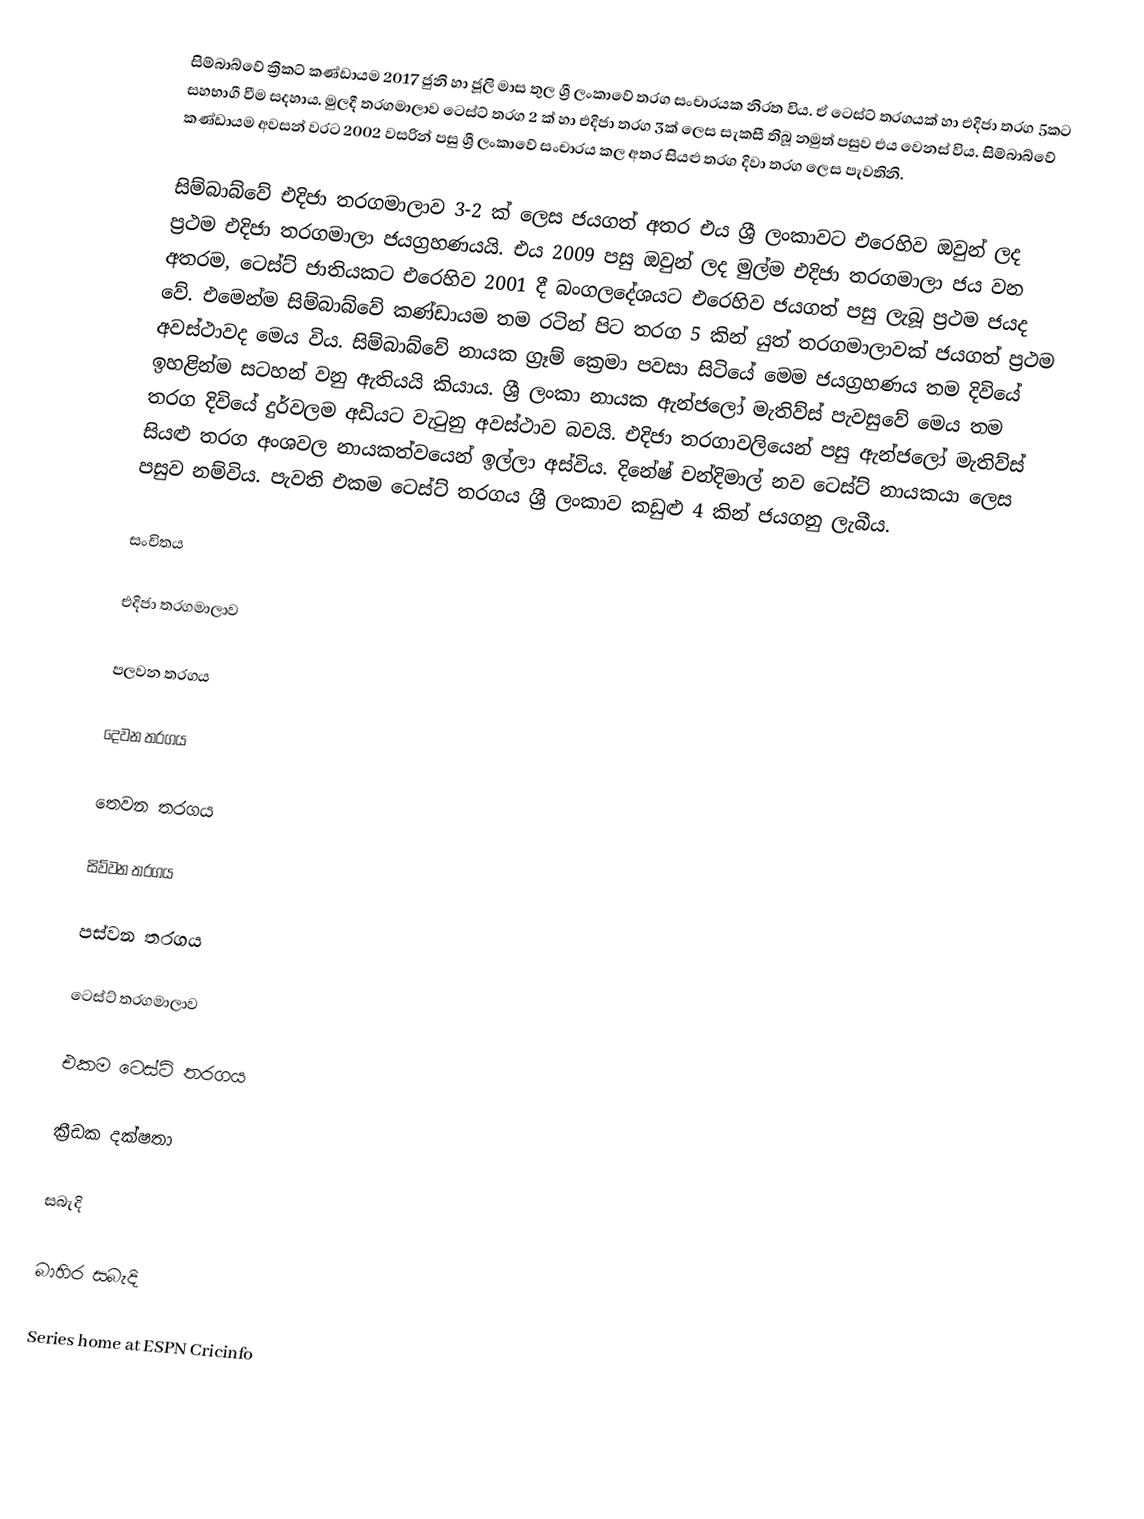
සිම්බාබ්වේ ක්‍රිකට් කණ්ඩායම 2017 ජුනි හා ජූලි මාස තුල ශ්‍රී ලංකාවේ තරග සංචාරයක නිරත විය. ඒ ටෙස්ට් තරගයක් හා එදිජා තරග 5කට සහභාගී වීම සදහාය. මුලදී තරගමාලාව ටෙස්ට් තරග 2 ක් හා එදිජා තරග 3ක් ලෙස සැකසී තිබූ නමුත් පසුව එය වෙනස් විය. සිම්බාබ්වේ කණ්ඩායම අවසන් වරට 2002 වසරින් පසු ශ්‍රී ලංකාවේ සංචාරය කල අතර සියළු තරග දිවා තරග ලෙස පැවතිනි.

සිම්බාබ්වේ එදිජා තරගමාලාව 3-2 ක් ලෙස ජයගත් අතර  එය ශ්‍රී ලංකාවට එරෙහිව ඔවුන් ලද ප්‍රථම එදිජා තරගමාලා ජයග්‍රහණයයි. එය 2009 පසු ඔවුන් ලද මුල්ම එදිජා තරගමාලා ජය වන අතරම, ටෙස්ට් ජාතියකට එරෙහිව 2001 දී බංගලදේශයට එරෙහිව ජයගත් පසු ලැබූ ප්‍රථම ජයද වේ. එමෙන්ම සිම්බාබ්වේ කණ්ඩායම තම රටින් පිට තරග 5 කින් යුත් තරගමාලාවක් ජයගත් ප්‍රථම අවස්ථාවද මෙය විය. සිම්බාබ්වේ නායක ග්‍රෑම් ක්‍රෙමා පවසා සිටියේ මෙම ජයග්‍රහණය තම දිවියේ ඉහළින්ම සටහන් වනු ඇතියයි කියාය. ශ්‍රී ලංකා නායක ඇන්ජලෝ මැතිව්ස් පැවසුවේ මෙය තම තරග දිවියේ දුර්වලම අඩියට වැටුනු අවස්ථාව බවයි. එදිජා තරගාවලියෙන් පසු ඇන්ජලෝ මැතිව්ස් සියළු තරග අංශවල නායකත්වයෙන් ඉල්ලා අස්විය. දිනේෂ් චන්දිමාල් නව ටෙස්ට් නායකයා ලෙස පසුව නම්විය. පැවති එකම ටෙස්ට් තරගය ශ්‍රී ලංකාව කඩුළු 4 කින් ජයගනු ලැබීය.

සංචිතය

එදිජා තරගමාලාව

පලවන තරගය

දෙවන තරගය

තෙවන තරගය

සිව්වන තරගය

පස්වන තරගය

ටෙස්ට් තරගමාලාව

එකම ටෙස්ට් තරගය

ක්‍රීඩක දක්ෂතා

සබැදි

බාහිර සබැදි

 Series home at ESPN Cricinfo